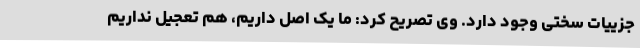
جزییات سختی وجود دارد. وی تصریح کرد:‌ ما یک اصل داریم، هم تعجیل نداریم